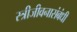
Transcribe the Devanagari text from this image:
स्त्रीजीवनासंबंधी